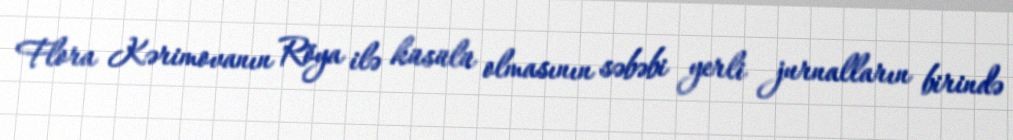
Flora Kərimovanın Röya ilə küsülü olmasının səbəbi yerli jurnalların birində